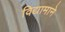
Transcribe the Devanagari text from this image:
विद्यामाने